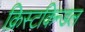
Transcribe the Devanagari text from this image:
क्रिस्टकिन्डल